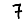
Digit: 7